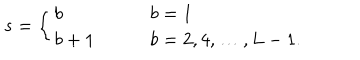
s = \left\{ \begin{array} { l l } { { b } } & { { \qquad b = 1 } } \\ { { b + 1 } } & { { \qquad b = 2 , 4 , \ldots , L - 1 . } } \\ \end{array} \right.